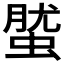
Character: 𧌌